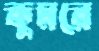
কুমরে